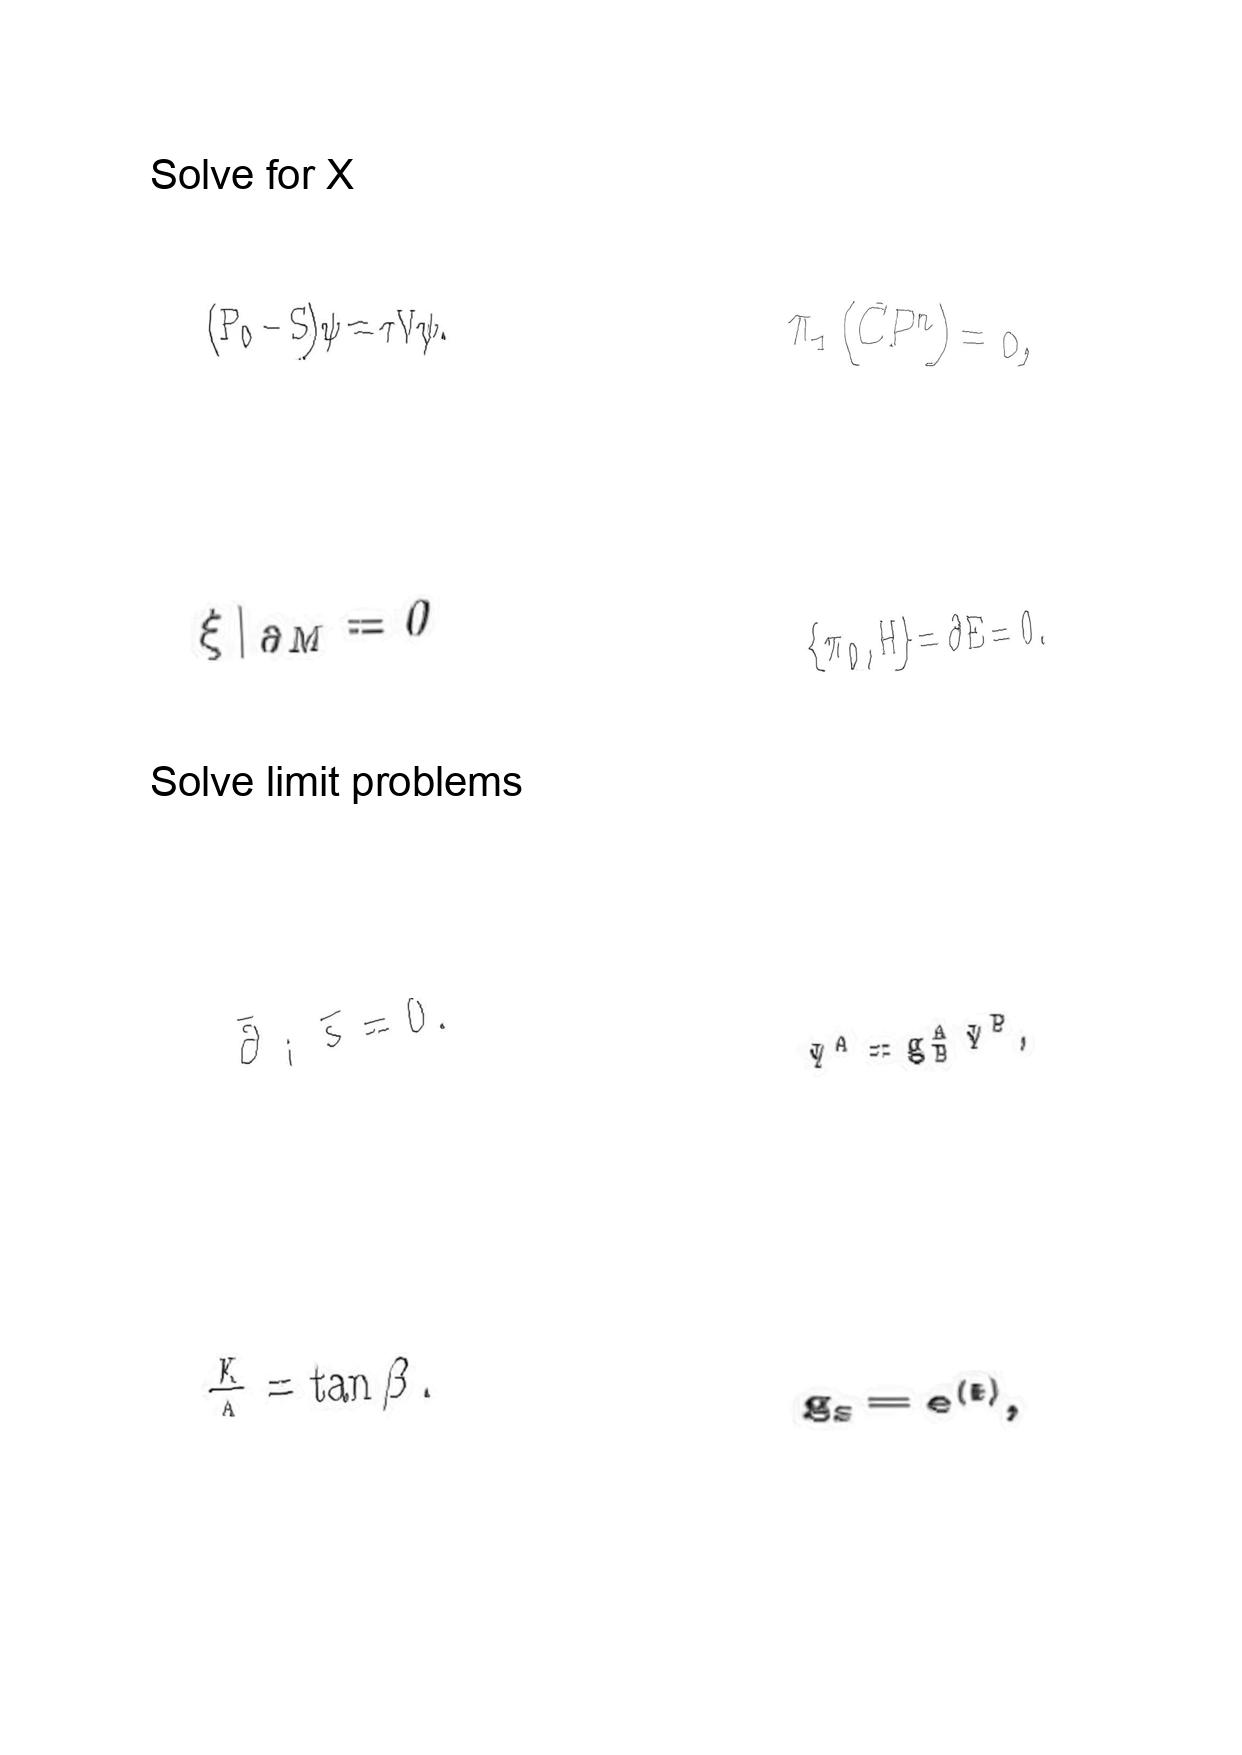
LaTeX transcription:
\lparen P _ { 0 } - S \rparen \psi = \tau V \psi .
\xi \vert _ { \partial M } = 0
\bar { \partial } _ { i } \tilde { s } = 0 .
\frac { K } { \Lambda } = \tan \beta .
\pi _ { 1 } \lparen C P ^ { n } \rparen = 0 ,
\lbrace \pi _ { 0 } , H \rbrace = \partial E = 0 .
\Psi ^ { A } = g ^ { A } _ { B } \Psi ^ { B } ,
g _ { s } = e ^ { \langle \Phi \rangle } ,